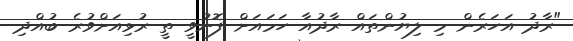
"ރާދު އަހަރެން މި ލިޔުންތައް ރާދުއާ ހަމައަށް ފޮނުވީ ތީ ރުޅިއަށްވުރެ ބުއްދި